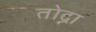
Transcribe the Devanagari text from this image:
तोद्ना